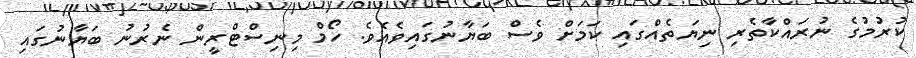
ކުރުމުގެ ނުރައްކާތެރި ނިޔަތެއްގައި ކަމަށް ވެސް ބަޔާނުގައިވެއެވެ. ހޯމް މިނިސްޓްރީން ނެރުނު ބަޔާނުގައި